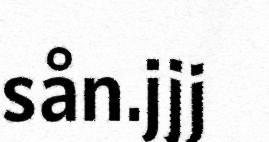
sån.jjj